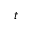
t